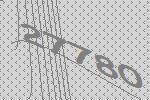
27780